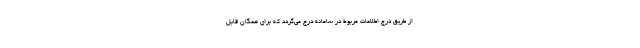
از طریق درج اطلاعات مربوط در سامانه درج می‌گردد که برای همگان قابل